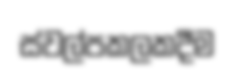
ස්වල්පකලකදීම